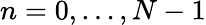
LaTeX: n=0,\ldots,N-1